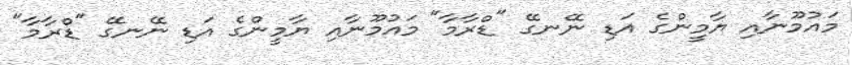
މައުމޫނާއި ޔާމީންގެ އަޑި ނޭނގޭ "ޑްރާމާ" މައުމޫނާއި ޔާމީންގެ އަޑި ނޭނގޭ "ޑްރާމާ"